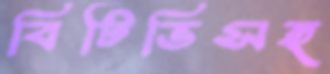
বিটিভিসহ